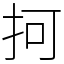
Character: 抲